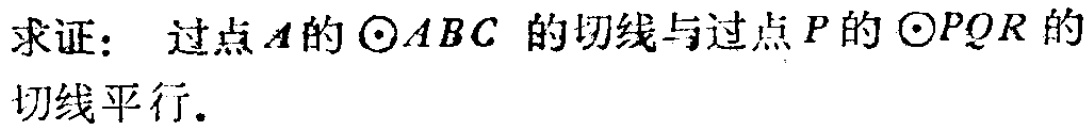
求证： 过点\(A\)的\(\odot ABC\)的切线与过点\(P\)的\(\odot PQR\)的切线平行.